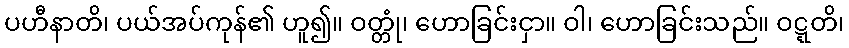
ပဟီနာတိ၊ ပယ်အပ်ကုန်၏ ဟူ၍။ ဝတ္တုံ၊ ဟောခြင်းငှာ။ ဝါ၊ ဟောခြင်းသည်။ ဝဋ္ဋတိ၊